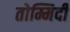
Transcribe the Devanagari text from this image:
तोम्मिदी